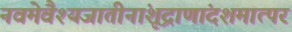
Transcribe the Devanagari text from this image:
नवमेवैश्यजातीनांशूद्राणांदशमात्परं